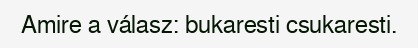
Amire a válasz: bukaresti csukaresti.